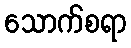
သောက်စရာ